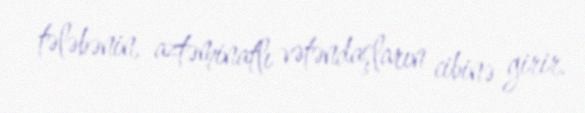
tələbənin, aztəminatlı vətəndaşların cibinə girir.